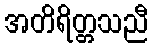
အတိရိတ္တသညီ